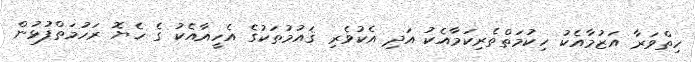
ހިތްވަރާ އަޒުމާއެކު ހިކުމަތްތެރިކަމާއެކު އަދި އެކުވެރި ޤައުމުތަކުގެ އެހީއާއެކު ގެ ހެޔޮ ރަހުމަތްފުޅުން